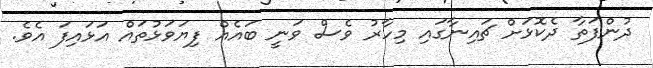
ދުންފަތާ ދެކޮޅަށް ޗައިނާގައި މިހާރު ވެސް ވަނީ ބައެއް ފިޔަވަޅުތައް އަޅައިފަ އެވެ.